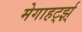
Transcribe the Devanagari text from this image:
मेगाहर्ट्झ्